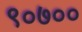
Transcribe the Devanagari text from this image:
९०७००